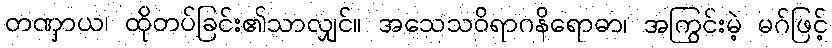
တဏှာယ၊ ထိုတပ်ခြင်း၏သာလျှင်။ အသေသဝိရာဂနိရောဓာ၊ အကြွင်းမဲ့ မဂ်ဖြင့်